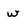
Character: w